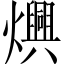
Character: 𬋙